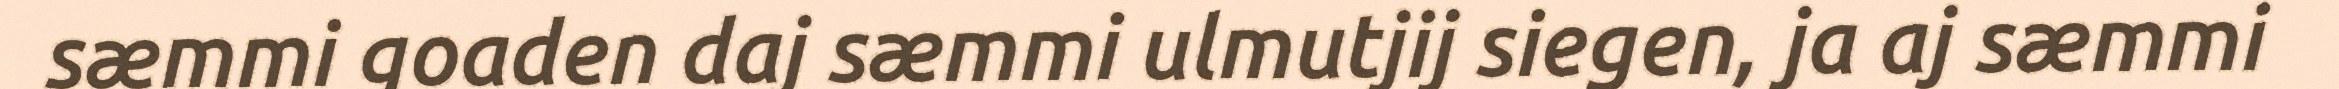
sæmmi goaden daj sæmmi ulmutjij siegen, ja aj sæmmi